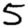
Digit: 5